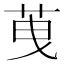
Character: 䒶